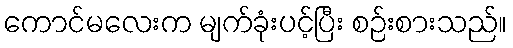
ကောင်မလေးက မျက်ခုံးပင့်ပြီး စဉ်းစားသည်။